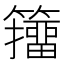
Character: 籒